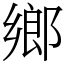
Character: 鄉